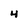
Character: 4